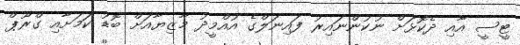
ޓީސީ އާއި ދެކޮޅަށް ނުކުންނައިރު ފައިނަލްގެ އުއްމީދު މާޒިޔާއަށް ބޮޑު ކަމަށާއި ގްރޫޕް